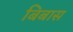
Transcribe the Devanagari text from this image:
बिबास